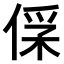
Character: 𠊻